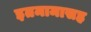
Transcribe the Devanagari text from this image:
इतमामासह